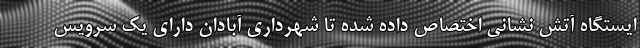
ایستگاه آتش نشانی اختصاص داده شده تا شهرداری آبادان دارای یک سرویس